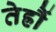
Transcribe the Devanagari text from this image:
तेह्रौं